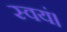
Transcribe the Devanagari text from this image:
स्वयं।